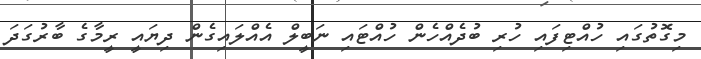
މިގޮތުގައި ހުއްޓިފައި ހުރި ބުދެއްހެން ހުއްޓައި ނަބީލް އެއްލައިގެން ދިޔައީ ރީމާގެ ބާރުގަދަ